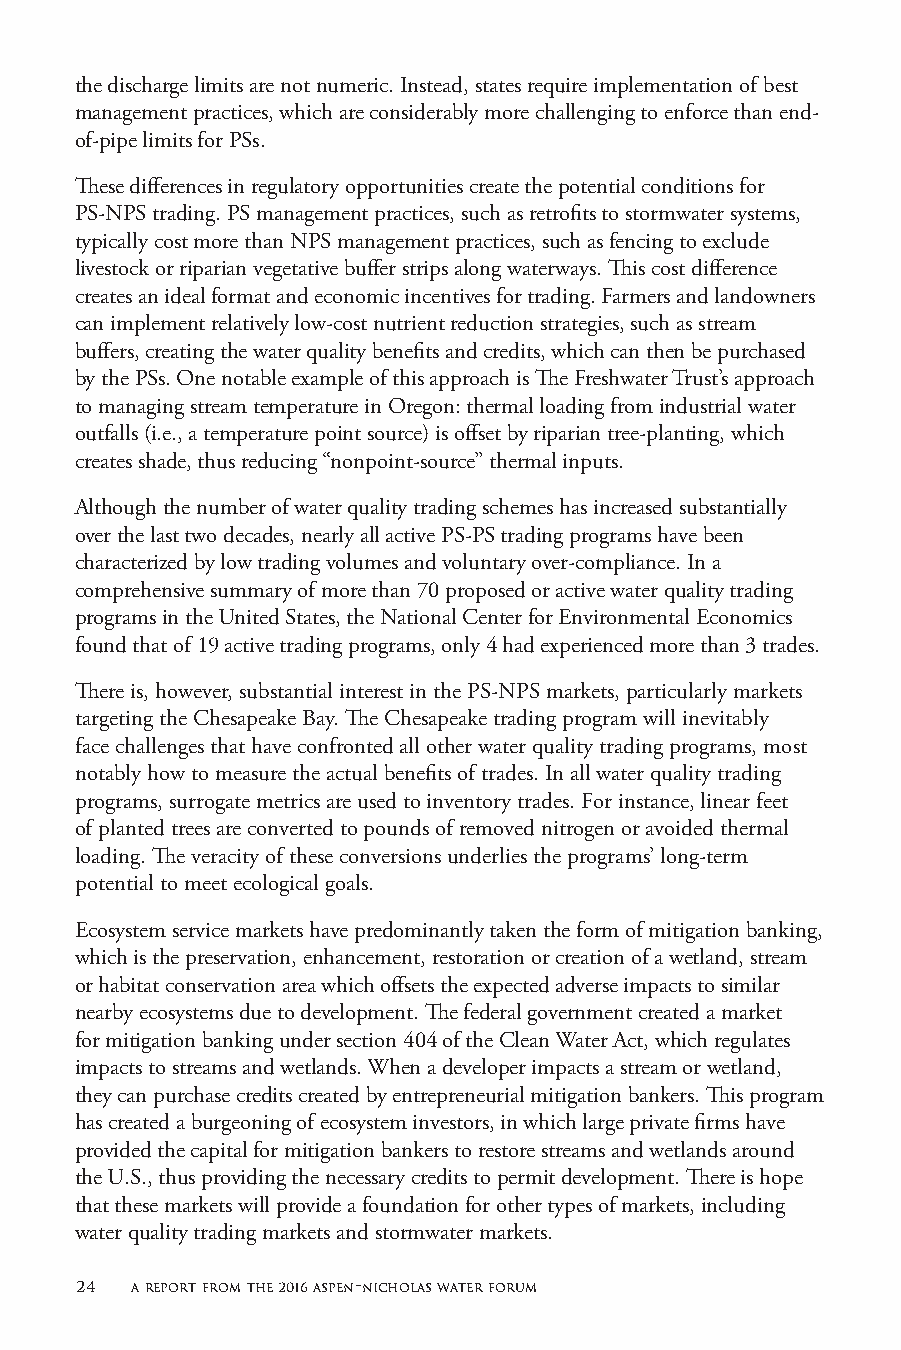
the discharge limits are not numeric. Instead, states require implementation of best
 management practices, which are considerably more challenging to enforce than end-
 of-pipe limits for PSs.
 These differences in regulatory opportunities create the potential conditions for
 PS-NPS trading. PS management practices, such as retrofits to stormwater systems,
 typically cost more than NPS management practices, such as fencing to exclude
 livestock or riparian vegetative buffer strips along waterways. This cost difference
 creates an ideal format and economic incentives for trading. Farmers and landowners
 can implement relatively low-cost nutrient reduction strategies, such as stream
 buffers, creating the water quality benefits and credits, which can then be purchased
 by the PSs. One notable example of this approach is The Freshwater Trust’s approach
 to managing stream temperature in Oregon: thermal loading from industrial water
 outfalls (i.e., a temperature point source) is offset by riparian tree-planting, which
 creates shade, thus reducing “nonpoint-source” thermal inputs.
 Although the number of water quality trading schemes has increased substantially
 over the last two decades, nearly all active PS-PS trading programs have been
 characterized by low trading volumes and voluntary over-compliance. In a
 comprehensive summary of more than 70 proposed or active water quality trading
 programs in the United States, the National Center for Environmental Economics
 found that of 19 active trading programs, only 4 had experienced more than 3 trades.
 There is, however, substantial interest in the PS-NPS markets, particularly markets
 targeting the Chesapeake Bay. The Chesapeake trading program will inevitably
 face challenges that have confronted all other water quality trading programs, most
 notably how to measure the actual benefits of trades. In all water quality trading
 programs, surrogate metrics are used to inventory trades. For instance, linear feet
 of planted trees are converted to pounds of removed nitrogen or avoided thermal
 loading. The veracity of these conversions underlies the programs’ long-term
 potential to meet ecological goals.
 Ecosystem service markets have predominantly taken the form of mitigation banking,
 which is the preservation, enhancement, restoration or creation of a wetland, stream
 or habitat conservation area which offsets the expected adverse impacts to similar
 nearby ecosystems due to development. The federal government created a market
 for mitigation banking under section 404 of the Clean Water Act, which regulates
 impacts to streams and wetlands. When a developer impacts a stream or wetland,
 they can purchase credits created by entrepreneurial mitigation bankers. This program
 has created a burgeoning of ecosystem investors, in which large private firms have
 provided the capital for mitigation bankers to restore streams and wetlands around
 the U.S., thus providing the necessary credits to permit development. There is hope
 that these markets will provide a foundation for other types of markets, including
 water quality trading markets and stormwater markets.
 24  a report from the 2016 aspen-nicholas water forum